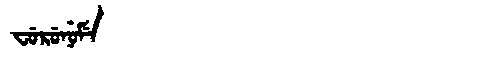
Manchu: ᠸᡠᡵᡠᠨᡠᠮᡝ
Romanization: FURUNUME